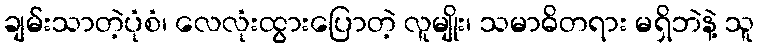
ချမ်းသာတဲ့ပုံစံ၊ လေလုံးထွားပြောတဲ့ လူမျိုး၊ သမာဓိတရား မရှိဘဲနဲ့ သူ